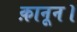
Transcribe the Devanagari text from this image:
क़ानून।